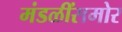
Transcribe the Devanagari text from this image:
मंडळींसमोर